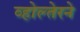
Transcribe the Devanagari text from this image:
व्होल्तेरने